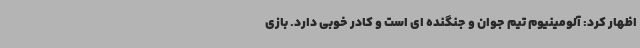
اظهار کرد: آلومینیوم تیم جوان و جنگنده ای است‌ و کادر خوبی دارد. بازی